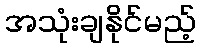
အသုံးချနိုင်မည့်